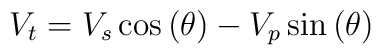
V_{t}=V_{s}\cos \left( \theta \right) -V_{p}\sin \left( \theta \right)